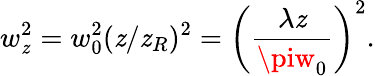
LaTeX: w_{\mathit{z}}^{2}=w_{0}^{2}(\mathit{z}/\mathit{z}_{R})^{2}=\left(\frac{{\lambda\mathit{z}}}{{\piw_{0}}}\right)^{2}.